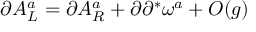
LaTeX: \partial A _ { L } ^ { a } = \partial A _ { R } ^ { a } + \partial \partial ^ { * } \omega ^ { a } + { \cal O } ( g )